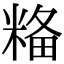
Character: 𥺢